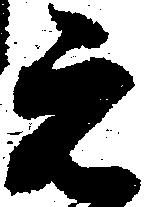
元